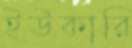
ইউকারি